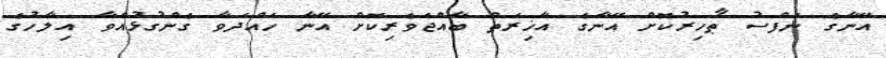
އޭނާގެ ނަފްސު ޠާހިރުކޮށް އޭނާގެ އާޚިރަތް ބާއްޖަވެރިކޮށް އޭނާ ހައްދަވާ ގެންގުޅުއްވާ އިލާހުގެ